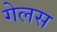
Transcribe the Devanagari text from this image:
गेलस